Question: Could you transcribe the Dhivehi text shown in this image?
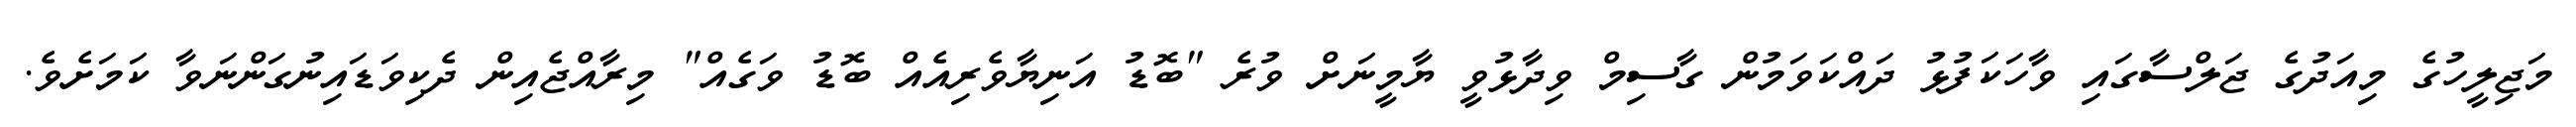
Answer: މަޖިލީހުގެ މިއަދުގެ ޖަލްސާގައި ވާހަކަފުޅު ދައްކަވަމުން ގާސިމް ވިދާޅުވީ ޔާމީނަށް ވުރެ "ބޮޑު އަނިޔާވެރިއެއް ބޮޑު ވަގެއް" މިރާއްޖެއިން ދެކިވަޑައިނުގަންނަވާ ކަމަށެވެ.